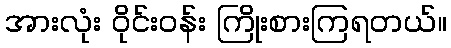
အားလုံး ဝိုင်းဝန်း ကြိုးစားကြရတယ်။